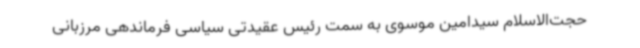
حجت‌الاسلام سیدامین موسوی به سمت رئیس عقیدتی سیاسی فرماندهی مرزبانی